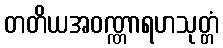
တတိယအဝဏ္ဏာရဟသုတ္တံ